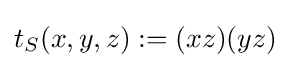
t_{S}(x,y,z):=(xz)(yz)